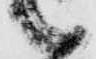
候